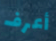
أعرف